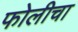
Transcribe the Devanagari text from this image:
फोलीचा